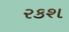
રકશ